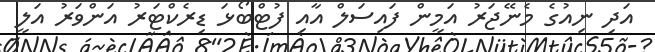
އަދި ނިއުގެ މެނޭޖަރު އަމީން ފައިސަލް އާއި ފުޓްބޯޅަ ޑިރެކްޓަރު އަންވަރު އަލީ